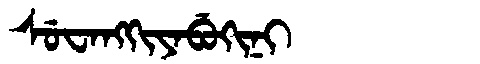
Manchu: ᠰᡠᠸᠠᠩᡴᡳᠶᠠᠪᡠᡴᡳᠨᡳ
Romanization: SUWANGKIYABUKINI